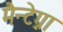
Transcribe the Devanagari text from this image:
मैन्टेग्ना